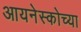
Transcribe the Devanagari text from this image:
आयनेस्कोच्या